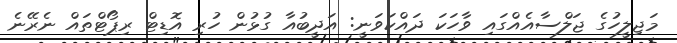
މަޖިލީހުގެ ޖަލްސާއެއްގައި ވާހަކަ ދައްކަވަނީ: އަދީބުއާ ގުޅުން ހުރި އޮޑިޓް ރިޕޯޓްތައް ނެރޭނެ